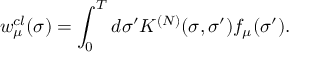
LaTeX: w _ { \mu } ^ { c l } ( \sigma ) = \int _ { 0 } ^ { T } d \sigma ^ { \prime } K ^ { ( N ) } ( \sigma , \sigma ^ { \prime } ) f _ { \mu } ( \sigma ^ { \prime } ) .